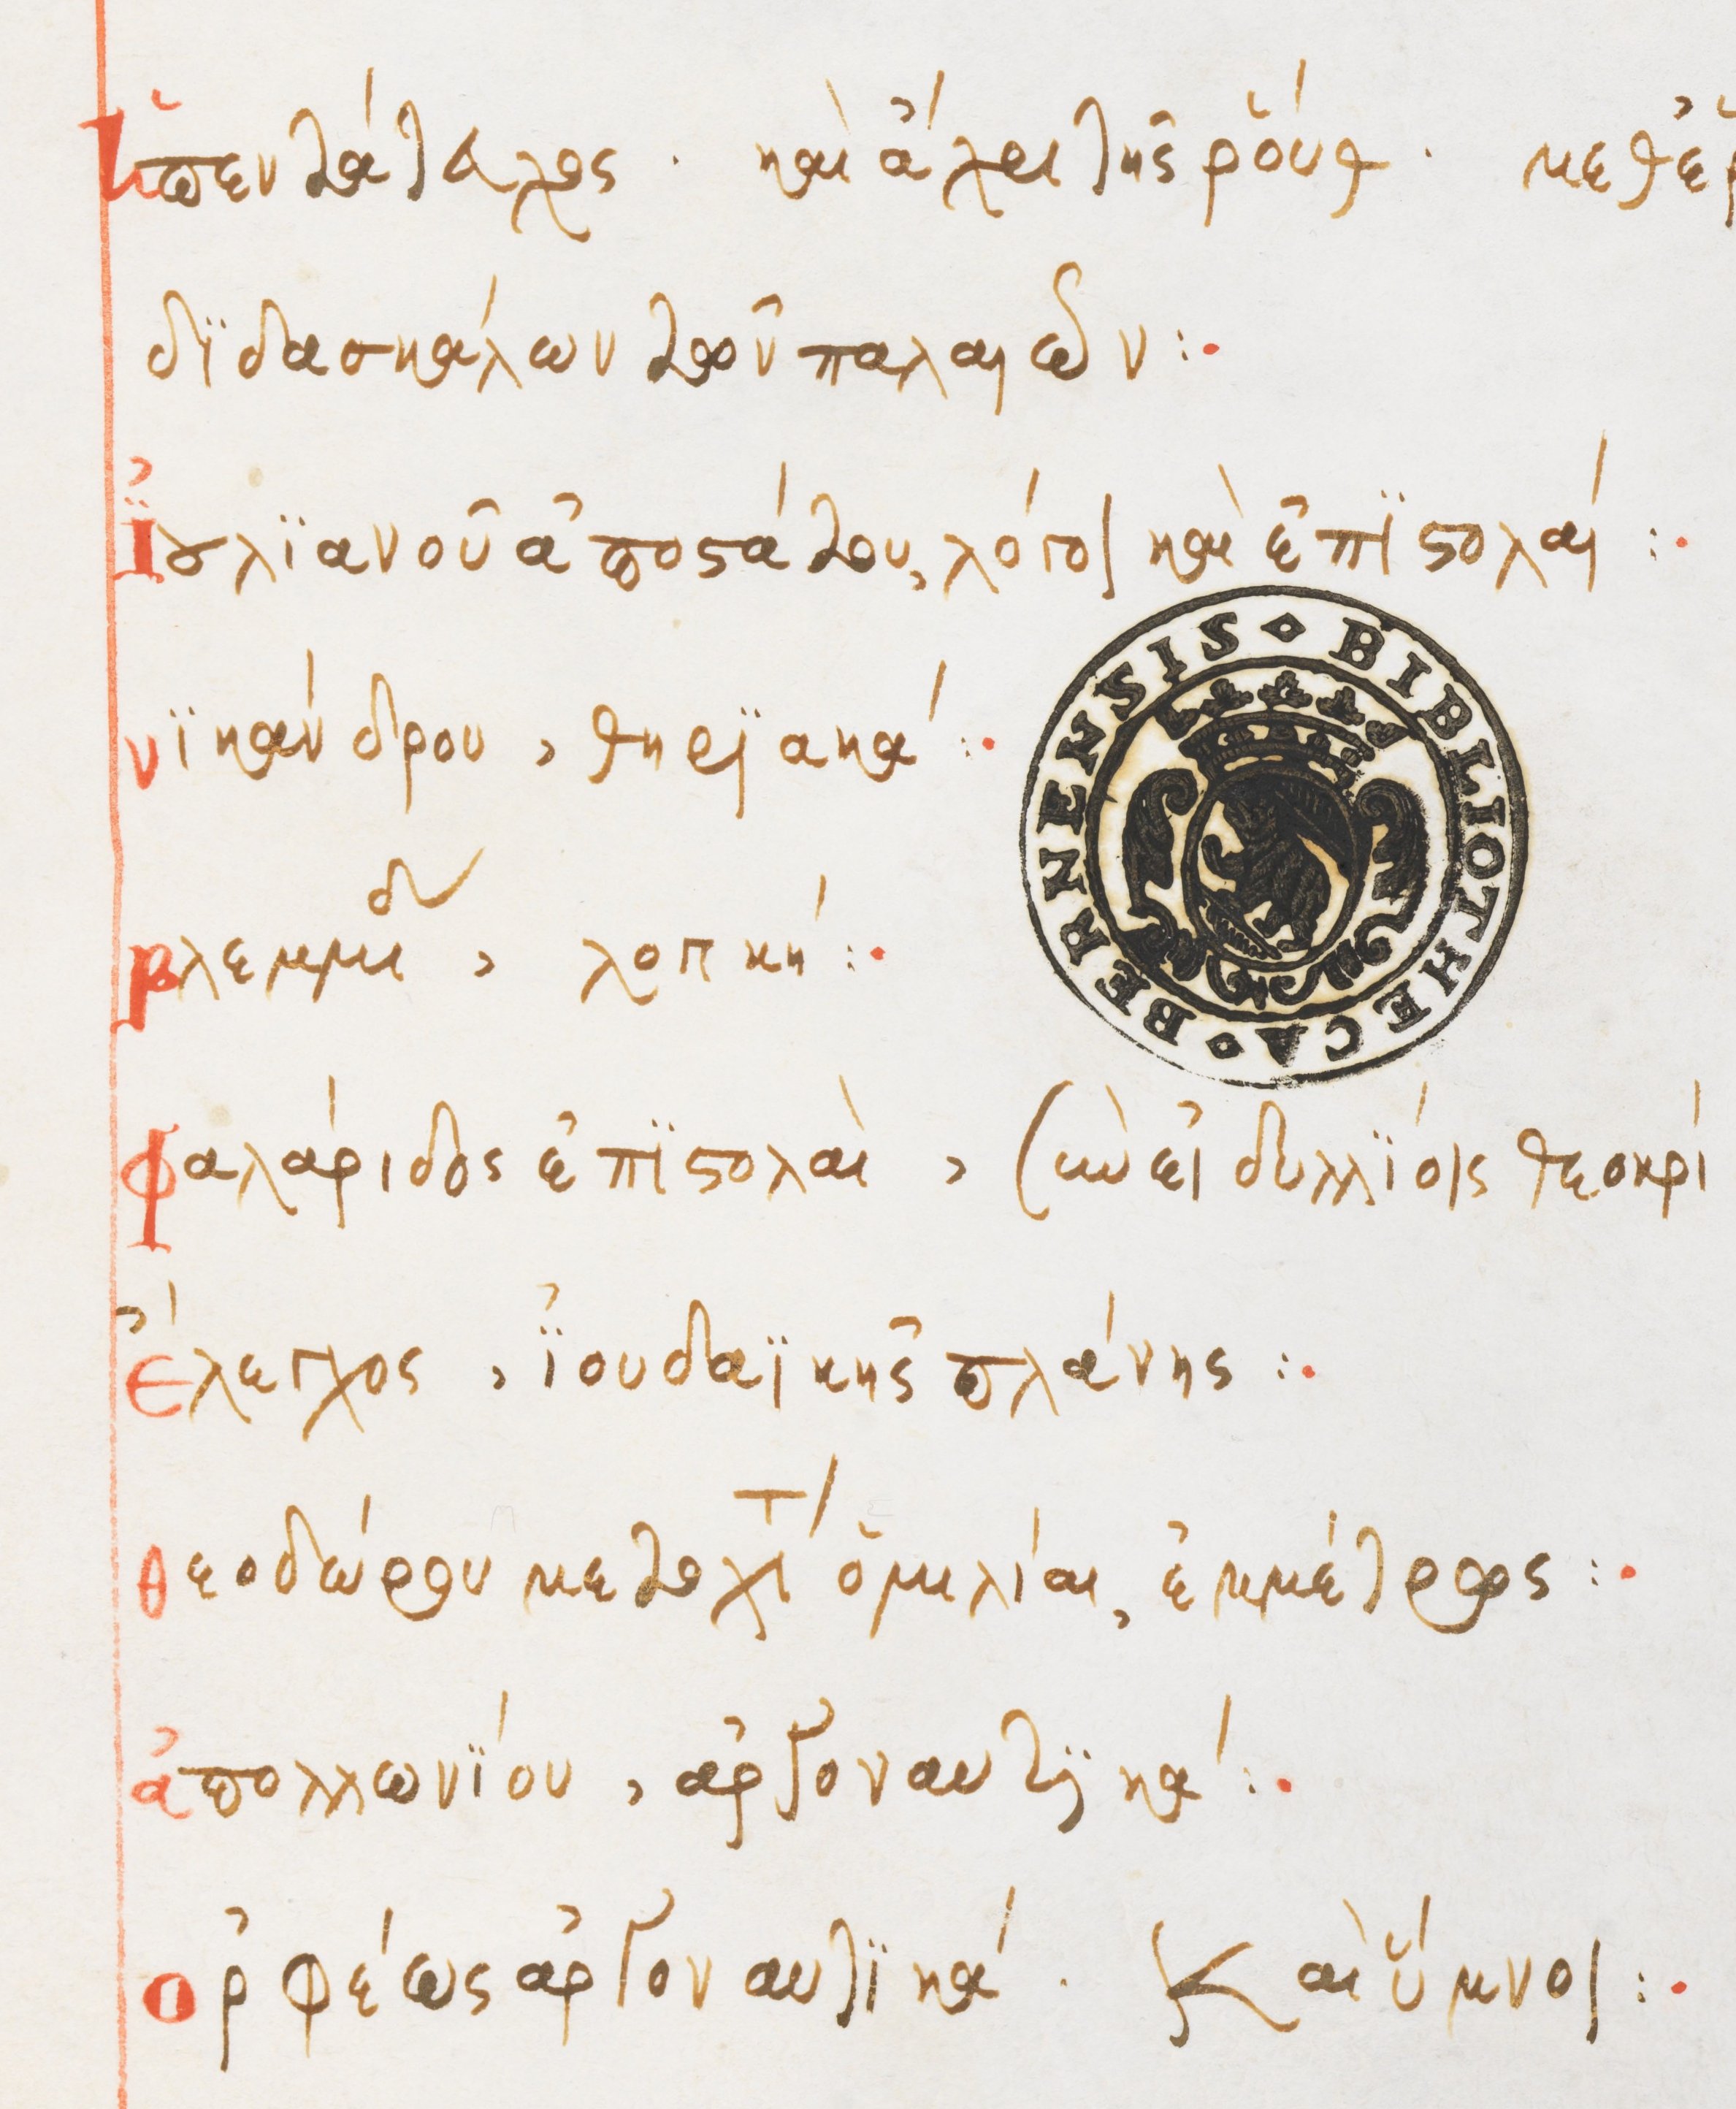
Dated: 1564–1564